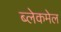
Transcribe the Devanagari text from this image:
ब्लेकमेल